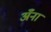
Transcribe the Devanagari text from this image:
अँना